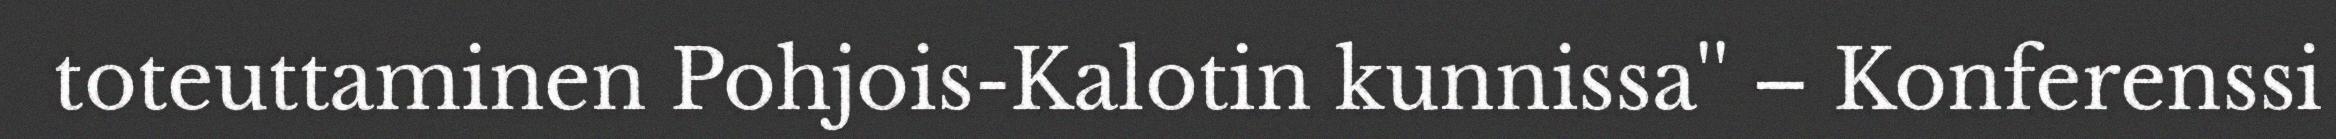
toteuttaminen Pohjois-Kalotin kunnissa'' – Konferenssi